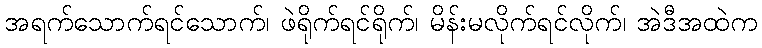
အရက်သောက်ရင်သောက်၊ ဖဲရိုက်ရင်ရိုက်၊ မိန်းမလိုက်ရင်လိုက်၊ အဲဒီအထဲက